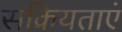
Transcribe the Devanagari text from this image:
सक्रियताएं